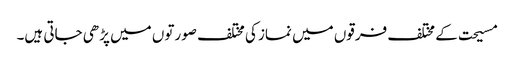
مسیحت کے مختلف فرقوں میں نماز کی مختلف صورتوں میں پڑھی جاتی ہیں۔